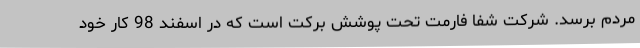
مردم برسد. شرکت شفا فارمت تحت پوشش برکت است که در اسفند 98 کار خود